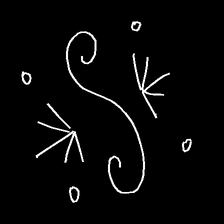
Glyph: aeroform